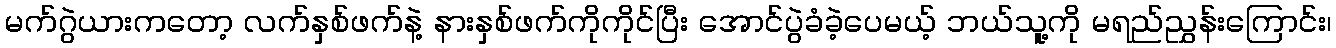
မက်ဂွဲယားကတော့ လက်နှစ်ဖက်နဲ့ နားနှစ်ဖက်ကိုကိုင်ပြီး အောင်ပွဲခံခဲ့ပေမယ့် ဘယ်သူ့ကို မရည်ညွှန်းကြောင်း၊